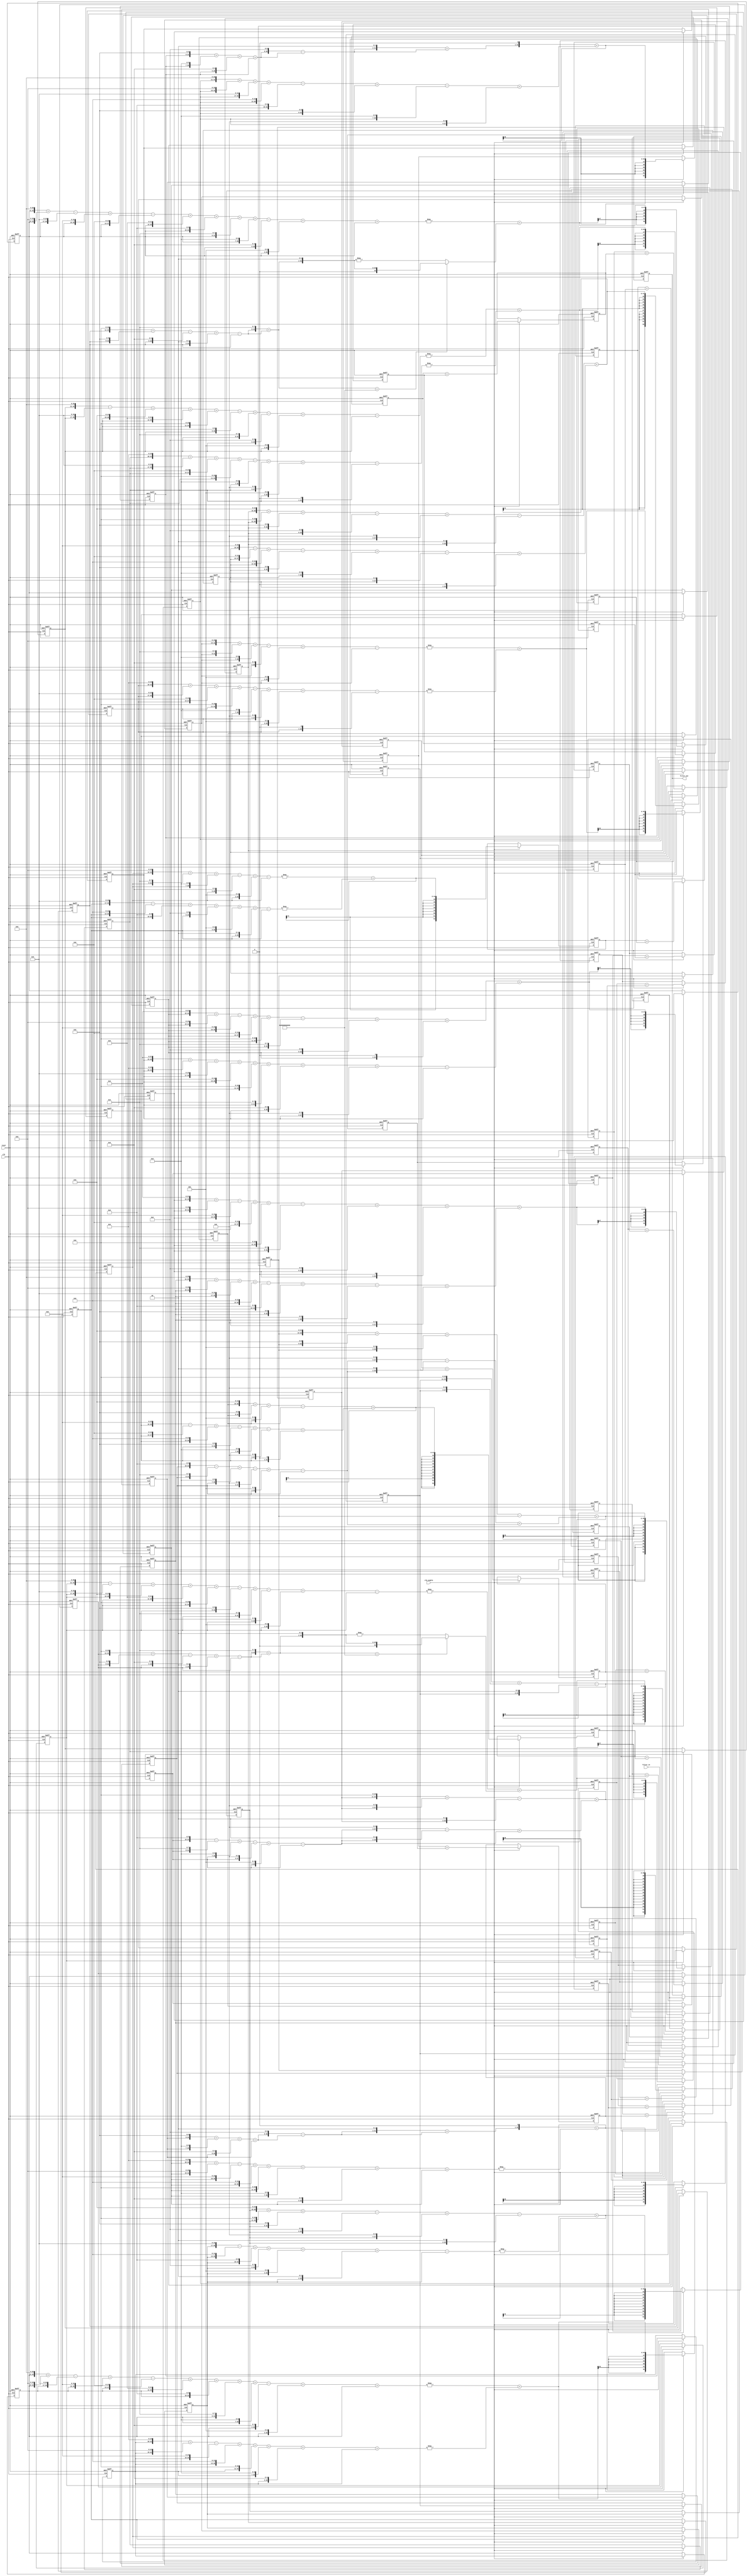
// -------------------------------------------------------------
//
// Module: fir_30_24b_fcsd
// Generated by MATLAB(R) 9.12 and Filter Design HDL Coder 3.1.11.
// Generated on: 2023-06-22 12:05:04
// -------------------------------------------------------------

// -------------------------------------------------------------
// HDL Code Generation Options:
//
// CoeffMultipliers: Factored-CSD
// FIRAdderStyle: tree
// OptimizeForHDL: on
// TargetDirectory: W:\Nikos\UTh\ \Project\FIR_30_Order\factored_csd\24b_fixed_point
// AddPipelineRegisters: on
// Name: fir_30_24b_fcsd
// InputDataType: numerictype(1,24,0)
// TargetLanguage: Verilog
// TestBenchName: fir_30_24b_fcsd_tb
// TestBenchStimulus: impulse step ramp chirp noise 

// Filter Specifications:
//
// Sample Rate     : 46 kHz
// Response        : Lowpass
// Specification   : N,Fp,Fst,Ap
// Stopband Edge   : 9.6 kHz
// Filter Order    : 30
// Passband Edge   : 8 kHz
// Passband Ripple : 60 dB
// -------------------------------------------------------------

// -------------------------------------------------------------
// HDL Implementation    : Fully parallel
// Folding Factor        : 1
// -------------------------------------------------------------
// Filter Settings:
//
// Discrete-Time FIR Filter (real)
// -------------------------------
// Filter Structure  : Direct-Form FIR
// Filter Length     : 31
// Stable            : Yes
// Linear Phase      : Yes (Type 1)
// Arithmetic        : fixed
// Numerator         : s24,24 -> [-5.000000e-01 5.000000e-01)
// -------------------------------------------------------------




`timescale 1 ns / 1 ns

module fir_30_24b_fcsd
               (
                clk,
                clk_enable,
                reset,
                filter_in,
                filter_out
                );

  input   clk; 
  input   clk_enable; 
  input   reset; 
  input   signed [23:0] filter_in; //sfix24
  output  signed [52:0] filter_out; //sfix53_En24

////////////////////////////////////////////////////////////////
//Module Architecture: fir_30_24b_fcsd
////////////////////////////////////////////////////////////////
  // Local Functions
  // Type Definitions
  // Constants
  parameter signed [23:0] coeff1 = 24'b000000000000100000001100; //sfix24_En24
  parameter signed [23:0] coeff2 = 24'b000000000010110100001011; //sfix24_En24
  parameter signed [23:0] coeff3 = 24'b000000001000001000000111; //sfix24_En24
  parameter signed [23:0] coeff4 = 24'b000000001101111001110010; //sfix24_En24
  parameter signed [23:0] coeff5 = 24'b000000001000100111001100; //sfix24_En24
  parameter signed [23:0] coeff6 = 24'b111111100001101110110101; //sfix24_En24
  parameter signed [23:0] coeff7 = 24'b111101111111111010011001; //sfix24_En24
  parameter signed [23:0] coeff8 = 24'b111011011011100001101010; //sfix24_En24
  parameter signed [23:0] coeff9 = 24'b111000010110100100111001; //sfix24_En24
  parameter signed [23:0] coeff10 = 24'b110110000100110001110100; //sfix24_En24
  parameter signed [23:0] coeff11 = 24'b110110010010101010010111; //sfix24_En24
  parameter signed [23:0] coeff12 = 24'b111010001101011101011111; //sfix24_En24
  parameter signed [23:0] coeff13 = 24'b000001100111100000110110; //sfix24_En24
  parameter signed [23:0] coeff14 = 24'b001010100001110110010000; //sfix24_En24
  parameter signed [23:0] coeff15 = 24'b010001110100011101000010; //sfix24_En24
  parameter signed [23:0] coeff16 = 24'b010100101000100100101111; //sfix24_En24
  parameter signed [23:0] coeff17 = 24'b010001110100011101000010; //sfix24_En24
  parameter signed [23:0] coeff18 = 24'b001010100001110110010000; //sfix24_En24
  parameter signed [23:0] coeff19 = 24'b000001100111100000110110; //sfix24_En24
  parameter signed [23:0] coeff20 = 24'b111010001101011101011111; //sfix24_En24
  parameter signed [23:0] coeff21 = 24'b110110010010101010010111; //sfix24_En24
  parameter signed [23:0] coeff22 = 24'b110110000100110001110100; //sfix24_En24
  parameter signed [23:0] coeff23 = 24'b111000010110100100111001; //sfix24_En24
  parameter signed [23:0] coeff24 = 24'b111011011011100001101010; //sfix24_En24
  parameter signed [23:0] coeff25 = 24'b111101111111111010011001; //sfix24_En24
  parameter signed [23:0] coeff26 = 24'b111111100001101110110101; //sfix24_En24
  parameter signed [23:0] coeff27 = 24'b000000001000100111001100; //sfix24_En24
  parameter signed [23:0] coeff28 = 24'b000000001101111001110010; //sfix24_En24
  parameter signed [23:0] coeff29 = 24'b000000001000001000000111; //sfix24_En24
  parameter signed [23:0] coeff30 = 24'b000000000010110100001011; //sfix24_En24
  parameter signed [23:0] coeff31 = 24'b000000000000100000001100; //sfix24_En24

  // Signals
  reg  signed [23:0] delay_pipeline [0:30] ; // sfix24
  wire signed [47:0] product31; // sfix48_En24
  wire signed [35:0] mulcsd_temp; // sfix36_En24
  wire signed [47:0] product30; // sfix48_En24
  wire signed [33:0] factoredcsd_temp; // sfix34_En10
  wire signed [34:0] mulcsd_temp_1; // sfix35_En10
  wire signed [37:0] factoredcsd_temp_1; // sfix38_En14
  wire signed [38:0] mulcsd_temp_2; // sfix39_En14
  wire signed [37:0] factoredcsd_temp_2; // sfix38_En24
  wire signed [47:0] product29; // sfix48_En24
  wire signed [39:0] mulcsd_temp_3; // sfix40_En24
  wire signed [47:0] product28; // sfix48_En24
  wire signed [40:0] mulcsd_temp_4; // sfix41_En24
  wire signed [47:0] product27; // sfix48_En24
  wire signed [39:0] mulcsd_temp_5; // sfix40_En24
  wire signed [47:0] product26; // sfix48_En24
  wire signed [41:0] mulcsd_temp_6; // sfix42_En24
  wire signed [47:0] product25; // sfix48_En24
  wire signed [43:0] mulcsd_temp_7; // sfix44_En24
  wire signed [47:0] product24; // sfix48_En24
  wire signed [44:0] mulcsd_temp_8; // sfix45_En24
  wire signed [47:0] product23; // sfix48_En24
  wire signed [45:0] mulcsd_temp_9; // sfix46_En24
  wire signed [47:0] product22; // sfix48_En24
  wire signed [35:0] factoredcsd_temp_3; // sfix36_En12
  wire signed [35:0] mulcsd_temp_10; // sfix36_En12
  wire signed [44:0] factoredcsd_temp_4; // sfix45_En21
  wire signed [44:0] mulcsd_temp_11; // sfix45_En21
  wire signed [45:0] factoredcsd_temp_5; // sfix46_En24
  wire signed [46:0] unaryminus_temp; // sfix47_En24
  wire signed [47:0] product21; // sfix48_En24
  wire signed [45:0] mulcsd_temp_12; // sfix46_En24
  wire signed [47:0] product20; // sfix48_En24
  wire signed [44:0] mulcsd_temp_13; // sfix45_En24
  wire signed [47:0] product19; // sfix48_En24
  wire signed [33:0] factoredcsd_temp_6; // sfix34_En10
  wire signed [33:0] mulcsd_temp_14; // sfix34_En10
  wire signed [39:0] factoredcsd_temp_7; // sfix40_En16
  wire signed [40:0] mulcsd_temp_15; // sfix41_En16
  wire signed [42:0] factoredcsd_temp_8; // sfix43_En19
  wire signed [42:0] mulcsd_temp_16; // sfix43_En19
  wire signed [42:0] factoredcsd_temp_9; // sfix43_En24
  wire signed [47:0] product18; // sfix48_En24
  wire signed [45:0] mulcsd_temp_17; // sfix46_En24
  wire signed [47:0] product17; // sfix48_En24
  wire signed [46:0] mulcsd_temp_18; // sfix47_En24
  wire signed [47:0] product16; // sfix48_En24
  wire signed [46:0] mulcsd_temp_19; // sfix47_En24
  wire signed [47:0] product15; // sfix48_En24
  wire signed [46:0] mulcsd_temp_20; // sfix47_En24
  wire signed [47:0] product14; // sfix48_En24
  wire signed [45:0] mulcsd_temp_21; // sfix46_En24
  wire signed [47:0] product13; // sfix48_En24
  wire signed [33:0] factoredcsd_temp_10; // sfix34_En10
  wire signed [33:0] mulcsd_temp_22; // sfix34_En10
  wire signed [39:0] factoredcsd_temp_11; // sfix40_En16
  wire signed [40:0] mulcsd_temp_23; // sfix41_En16
  wire signed [42:0] factoredcsd_temp_12; // sfix43_En19
  wire signed [42:0] mulcsd_temp_24; // sfix43_En19
  wire signed [42:0] factoredcsd_temp_13; // sfix43_En24
  wire signed [47:0] product12; // sfix48_En24
  wire signed [44:0] mulcsd_temp_25; // sfix45_En24
  wire signed [47:0] product11; // sfix48_En24
  wire signed [45:0] mulcsd_temp_26; // sfix46_En24
  wire signed [47:0] product10; // sfix48_En24
  wire signed [35:0] factoredcsd_temp_14; // sfix36_En12
  wire signed [35:0] mulcsd_temp_27; // sfix36_En12
  wire signed [44:0] factoredcsd_temp_15; // sfix45_En21
  wire signed [44:0] mulcsd_temp_28; // sfix45_En21
  wire signed [45:0] factoredcsd_temp_16; // sfix46_En24
  wire signed [46:0] unaryminus_temp_1; // sfix47_En24
  wire signed [47:0] product9; // sfix48_En24
  wire signed [45:0] mulcsd_temp_29; // sfix46_En24
  wire signed [47:0] product8; // sfix48_En24
  wire signed [44:0] mulcsd_temp_30; // sfix45_En24
  wire signed [47:0] product7; // sfix48_En24
  wire signed [43:0] mulcsd_temp_31; // sfix44_En24
  wire signed [47:0] product6; // sfix48_En24
  wire signed [41:0] mulcsd_temp_32; // sfix42_En24
  wire signed [47:0] product5; // sfix48_En24
  wire signed [39:0] mulcsd_temp_33; // sfix40_En24
  wire signed [47:0] product4; // sfix48_En24
  wire signed [40:0] mulcsd_temp_34; // sfix41_En24
  wire signed [47:0] product3; // sfix48_En24
  wire signed [39:0] mulcsd_temp_35; // sfix40_En24
  wire signed [47:0] product2; // sfix48_En24
  wire signed [33:0] factoredcsd_temp_17; // sfix34_En10
  wire signed [34:0] mulcsd_temp_36; // sfix35_En10
  wire signed [37:0] factoredcsd_temp_18; // sfix38_En14
  wire signed [38:0] mulcsd_temp_37; // sfix39_En14
  wire signed [37:0] factoredcsd_temp_19; // sfix38_En24
  wire signed [47:0] product1; // sfix48_En24
  wire signed [35:0] mulcsd_temp_38; // sfix36_En24
  wire signed [52:0] sum_final; // sfix53_En24
  wire signed [52:0] sum1_1; // sfix53_En24
  wire signed [47:0] add_signext; // sfix48_En24
  wire signed [47:0] add_signext_1; // sfix48_En24
  wire signed [48:0] add_temp; // sfix49_En24
  reg  signed [52:0] sumpipe1_1; // sfix53_En24
  wire signed [52:0] sum1_2; // sfix53_En24
  wire signed [47:0] add_signext_2; // sfix48_En24
  wire signed [47:0] add_signext_3; // sfix48_En24
  wire signed [48:0] add_temp_1; // sfix49_En24
  reg  signed [52:0] sumpipe1_2; // sfix53_En24
  wire signed [52:0] sum1_3; // sfix53_En24
  wire signed [47:0] add_signext_4; // sfix48_En24
  wire signed [47:0] add_signext_5; // sfix48_En24
  wire signed [48:0] add_temp_2; // sfix49_En24
  reg  signed [52:0] sumpipe1_3; // sfix53_En24
  wire signed [52:0] sum1_4; // sfix53_En24
  wire signed [47:0] add_signext_6; // sfix48_En24
  wire signed [47:0] add_signext_7; // sfix48_En24
  wire signed [48:0] add_temp_3; // sfix49_En24
  reg  signed [52:0] sumpipe1_4; // sfix53_En24
  wire signed [52:0] sum1_5; // sfix53_En24
  wire signed [47:0] add_signext_8; // sfix48_En24
  wire signed [47:0] add_signext_9; // sfix48_En24
  wire signed [48:0] add_temp_4; // sfix49_En24
  reg  signed [52:0] sumpipe1_5; // sfix53_En24
  wire signed [52:0] sum1_6; // sfix53_En24
  wire signed [47:0] add_signext_10; // sfix48_En24
  wire signed [47:0] add_signext_11; // sfix48_En24
  wire signed [48:0] add_temp_5; // sfix49_En24
  reg  signed [52:0] sumpipe1_6; // sfix53_En24
  wire signed [52:0] sum1_7; // sfix53_En24
  wire signed [47:0] add_signext_12; // sfix48_En24
  wire signed [47:0] add_signext_13; // sfix48_En24
  wire signed [48:0] add_temp_6; // sfix49_En24
  reg  signed [52:0] sumpipe1_7; // sfix53_En24
  wire signed [52:0] sum1_8; // sfix53_En24
  wire signed [47:0] add_signext_14; // sfix48_En24
  wire signed [47:0] add_signext_15; // sfix48_En24
  wire signed [48:0] add_temp_7; // sfix49_En24
  reg  signed [52:0] sumpipe1_8; // sfix53_En24
  wire signed [52:0] sum1_9; // sfix53_En24
  wire signed [47:0] add_signext_16; // sfix48_En24
  wire signed [47:0] add_signext_17; // sfix48_En24
  wire signed [48:0] add_temp_8; // sfix49_En24
  reg  signed [52:0] sumpipe1_9; // sfix53_En24
  wire signed [52:0] sum1_10; // sfix53_En24
  wire signed [47:0] add_signext_18; // sfix48_En24
  wire signed [47:0] add_signext_19; // sfix48_En24
  wire signed [48:0] add_temp_9; // sfix49_En24
  reg  signed [52:0] sumpipe1_10; // sfix53_En24
  wire signed [52:0] sum1_11; // sfix53_En24
  wire signed [47:0] add_signext_20; // sfix48_En24
  wire signed [47:0] add_signext_21; // sfix48_En24
  wire signed [48:0] add_temp_10; // sfix49_En24
  reg  signed [52:0] sumpipe1_11; // sfix53_En24
  wire signed [52:0] sum1_12; // sfix53_En24
  wire signed [47:0] add_signext_22; // sfix48_En24
  wire signed [47:0] add_signext_23; // sfix48_En24
  wire signed [48:0] add_temp_11; // sfix49_En24
  reg  signed [52:0] sumpipe1_12; // sfix53_En24
  wire signed [52:0] sum1_13; // sfix53_En24
  wire signed [47:0] add_signext_24; // sfix48_En24
  wire signed [47:0] add_signext_25; // sfix48_En24
  wire signed [48:0] add_temp_12; // sfix49_En24
  reg  signed [52:0] sumpipe1_13; // sfix53_En24
  wire signed [52:0] sum1_14; // sfix53_En24
  wire signed [47:0] add_signext_26; // sfix48_En24
  wire signed [47:0] add_signext_27; // sfix48_En24
  wire signed [48:0] add_temp_13; // sfix49_En24
  reg  signed [52:0] sumpipe1_14; // sfix53_En24
  wire signed [52:0] sum1_15; // sfix53_En24
  wire signed [47:0] add_signext_28; // sfix48_En24
  wire signed [47:0] add_signext_29; // sfix48_En24
  wire signed [48:0] add_temp_14; // sfix49_En24
  reg  signed [52:0] sumpipe1_15; // sfix53_En24
  reg  signed [47:0] sumpipe1_16; // sfix48_En24
  wire signed [52:0] sum2_1; // sfix53_En24
  wire signed [52:0] add_signext_30; // sfix53_En24
  wire signed [52:0] add_signext_31; // sfix53_En24
  wire signed [53:0] add_temp_15; // sfix54_En24
  reg  signed [52:0] sumpipe2_1; // sfix53_En24
  wire signed [52:0] sum2_2; // sfix53_En24
  wire signed [52:0] add_signext_32; // sfix53_En24
  wire signed [52:0] add_signext_33; // sfix53_En24
  wire signed [53:0] add_temp_16; // sfix54_En24
  reg  signed [52:0] sumpipe2_2; // sfix53_En24
  wire signed [52:0] sum2_3; // sfix53_En24
  wire signed [52:0] add_signext_34; // sfix53_En24
  wire signed [52:0] add_signext_35; // sfix53_En24
  wire signed [53:0] add_temp_17; // sfix54_En24
  reg  signed [52:0] sumpipe2_3; // sfix53_En24
  wire signed [52:0] sum2_4; // sfix53_En24
  wire signed [52:0] add_signext_36; // sfix53_En24
  wire signed [52:0] add_signext_37; // sfix53_En24
  wire signed [53:0] add_temp_18; // sfix54_En24
  reg  signed [52:0] sumpipe2_4; // sfix53_En24
  wire signed [52:0] sum2_5; // sfix53_En24
  wire signed [52:0] add_signext_38; // sfix53_En24
  wire signed [52:0] add_signext_39; // sfix53_En24
  wire signed [53:0] add_temp_19; // sfix54_En24
  reg  signed [52:0] sumpipe2_5; // sfix53_En24
  wire signed [52:0] sum2_6; // sfix53_En24
  wire signed [52:0] add_signext_40; // sfix53_En24
  wire signed [52:0] add_signext_41; // sfix53_En24
  wire signed [53:0] add_temp_20; // sfix54_En24
  reg  signed [52:0] sumpipe2_6; // sfix53_En24
  wire signed [52:0] sum2_7; // sfix53_En24
  wire signed [52:0] add_signext_42; // sfix53_En24
  wire signed [52:0] add_signext_43; // sfix53_En24
  wire signed [53:0] add_temp_21; // sfix54_En24
  reg  signed [52:0] sumpipe2_7; // sfix53_En24
  wire signed [52:0] sum2_8; // sfix53_En24
  wire signed [52:0] add_signext_44; // sfix53_En24
  wire signed [52:0] add_signext_45; // sfix53_En24
  wire signed [53:0] add_temp_22; // sfix54_En24
  reg  signed [52:0] sumpipe2_8; // sfix53_En24
  wire signed [52:0] sum3_1; // sfix53_En24
  wire signed [52:0] add_signext_46; // sfix53_En24
  wire signed [52:0] add_signext_47; // sfix53_En24
  wire signed [53:0] add_temp_23; // sfix54_En24
  reg  signed [52:0] sumpipe3_1; // sfix53_En24
  wire signed [52:0] sum3_2; // sfix53_En24
  wire signed [52:0] add_signext_48; // sfix53_En24
  wire signed [52:0] add_signext_49; // sfix53_En24
  wire signed [53:0] add_temp_24; // sfix54_En24
  reg  signed [52:0] sumpipe3_2; // sfix53_En24
  wire signed [52:0] sum3_3; // sfix53_En24
  wire signed [52:0] add_signext_50; // sfix53_En24
  wire signed [52:0] add_signext_51; // sfix53_En24
  wire signed [53:0] add_temp_25; // sfix54_En24
  reg  signed [52:0] sumpipe3_3; // sfix53_En24
  wire signed [52:0] sum3_4; // sfix53_En24
  wire signed [52:0] add_signext_52; // sfix53_En24
  wire signed [52:0] add_signext_53; // sfix53_En24
  wire signed [53:0] add_temp_26; // sfix54_En24
  reg  signed [52:0] sumpipe3_4; // sfix53_En24
  wire signed [52:0] sum4_1; // sfix53_En24
  wire signed [52:0] add_signext_54; // sfix53_En24
  wire signed [52:0] add_signext_55; // sfix53_En24
  wire signed [53:0] add_temp_27; // sfix54_En24
  reg  signed [52:0] sumpipe4_1; // sfix53_En24
  wire signed [52:0] sum4_2; // sfix53_En24
  wire signed [52:0] add_signext_56; // sfix53_En24
  wire signed [52:0] add_signext_57; // sfix53_En24
  wire signed [53:0] add_temp_28; // sfix54_En24
  reg  signed [52:0] sumpipe4_2; // sfix53_En24
  wire signed [52:0] sum5_1; // sfix53_En24
  wire signed [52:0] add_signext_58; // sfix53_En24
  wire signed [52:0] add_signext_59; // sfix53_En24
  wire signed [53:0] add_temp_29; // sfix54_En24
  reg  signed [52:0] sumpipe5_1; // sfix53_En24
  reg  signed [52:0] output_register; // sfix53_En24

  // Block Statements
  always @( posedge clk or posedge reset)
    begin: Delay_Pipeline_process
      if (reset == 1'b1) begin
        delay_pipeline[0] <= 0;
        delay_pipeline[1] <= 0;
        delay_pipeline[2] <= 0;
        delay_pipeline[3] <= 0;
        delay_pipeline[4] <= 0;
        delay_pipeline[5] <= 0;
        delay_pipeline[6] <= 0;
        delay_pipeline[7] <= 0;
        delay_pipeline[8] <= 0;
        delay_pipeline[9] <= 0;
        delay_pipeline[10] <= 0;
        delay_pipeline[11] <= 0;
        delay_pipeline[12] <= 0;
        delay_pipeline[13] <= 0;
        delay_pipeline[14] <= 0;
        delay_pipeline[15] <= 0;
        delay_pipeline[16] <= 0;
        delay_pipeline[17] <= 0;
        delay_pipeline[18] <= 0;
        delay_pipeline[19] <= 0;
        delay_pipeline[20] <= 0;
        delay_pipeline[21] <= 0;
        delay_pipeline[22] <= 0;
        delay_pipeline[23] <= 0;
        delay_pipeline[24] <= 0;
        delay_pipeline[25] <= 0;
        delay_pipeline[26] <= 0;
        delay_pipeline[27] <= 0;
        delay_pipeline[28] <= 0;
        delay_pipeline[29] <= 0;
        delay_pipeline[30] <= 0;
      end
      else begin
        if (clk_enable == 1'b1) begin
          delay_pipeline[0] <= filter_in;
          delay_pipeline[1] <= delay_pipeline[0];
          delay_pipeline[2] <= delay_pipeline[1];
          delay_pipeline[3] <= delay_pipeline[2];
          delay_pipeline[4] <= delay_pipeline[3];
          delay_pipeline[5] <= delay_pipeline[4];
          delay_pipeline[6] <= delay_pipeline[5];
          delay_pipeline[7] <= delay_pipeline[6];
          delay_pipeline[8] <= delay_pipeline[7];
          delay_pipeline[9] <= delay_pipeline[8];
          delay_pipeline[10] <= delay_pipeline[9];
          delay_pipeline[11] <= delay_pipeline[10];
          delay_pipeline[12] <= delay_pipeline[11];
          delay_pipeline[13] <= delay_pipeline[12];
          delay_pipeline[14] <= delay_pipeline[13];
          delay_pipeline[15] <= delay_pipeline[14];
          delay_pipeline[16] <= delay_pipeline[15];
          delay_pipeline[17] <= delay_pipeline[16];
          delay_pipeline[18] <= delay_pipeline[17];
          delay_pipeline[19] <= delay_pipeline[18];
          delay_pipeline[20] <= delay_pipeline[19];
          delay_pipeline[21] <= delay_pipeline[20];
          delay_pipeline[22] <= delay_pipeline[21];
          delay_pipeline[23] <= delay_pipeline[22];
          delay_pipeline[24] <= delay_pipeline[23];
          delay_pipeline[25] <= delay_pipeline[24];
          delay_pipeline[26] <= delay_pipeline[25];
          delay_pipeline[27] <= delay_pipeline[26];
          delay_pipeline[28] <= delay_pipeline[27];
          delay_pipeline[29] <= delay_pipeline[28];
          delay_pipeline[30] <= delay_pipeline[29];
        end
      end
    end // Delay_Pipeline_process


// For FCSD of 2060, optimizing to CSD due to lower cost
  assign mulcsd_temp = 
        $signed({delay_pipeline[30], 11'b00000000000}) +
        $signed({delay_pipeline[30], 4'b0000}) -
        $signed({delay_pipeline[30], 2'b00});
  assign product31 = $signed({{12{mulcsd_temp[35]}}, mulcsd_temp});

// For FCSD of 11531, using factorization: 887 13 
// 
  assign mulcsd_temp_1 = 
        $signed({delay_pipeline[29], 10'b0000000000}) -
        $signed({delay_pipeline[29], 8'b00000000}) +
        $signed({delay_pipeline[29], 7'b0000000}) -
        $signed({delay_pipeline[29], 4'b0000}) +
        $signed({delay_pipeline[29], 3'b000}) -
        delay_pipeline[29];
  assign factoredcsd_temp = mulcsd_temp_1[33:0];

  assign mulcsd_temp_2 = 
        $signed({factoredcsd_temp, 4'b0000}) -
        $signed({factoredcsd_temp, 2'b00}) +
        factoredcsd_temp;
  assign factoredcsd_temp_1 = mulcsd_temp_2[37:0];

  assign factoredcsd_temp_2 = factoredcsd_temp_1;

  assign product30 = $signed({{10{factoredcsd_temp_2[37]}}, factoredcsd_temp_2});

// For FCSD of 33287, optimizing to CSD due to lower cost
  assign mulcsd_temp_3 = 
        $signed({delay_pipeline[28], 15'b000000000000000}) +
        $signed({delay_pipeline[28], 9'b000000000}) +
        $signed({delay_pipeline[28], 3'b000}) -
        delay_pipeline[28];
  assign product29 = $signed({{8{mulcsd_temp_3[39]}}, mulcsd_temp_3});

// For FCSD of 56946, optimizing to CSD due to lower cost
  assign mulcsd_temp_4 = 
        $signed({delay_pipeline[27], 16'b0000000000000000}) -
        $signed({delay_pipeline[27], 14'b00000000000000}) +
        $signed({delay_pipeline[27], 13'b0000000000000}) -
        $signed({delay_pipeline[27], 9'b000000000}) +
        $signed({delay_pipeline[27], 7'b0000000}) -
        $signed({delay_pipeline[27], 4'b0000}) +
        $signed({delay_pipeline[27], 1'b0});
  assign product28 = $signed({{7{mulcsd_temp_4[40]}}, mulcsd_temp_4});

// For FCSD of 35276, optimizing to CSD due to lower cost
  assign mulcsd_temp_5 = 
        $signed({delay_pipeline[26], 15'b000000000000000}) +
        $signed({delay_pipeline[26], 11'b00000000000}) +
        $signed({delay_pipeline[26], 9'b000000000}) -
        $signed({delay_pipeline[26], 6'b000000}) +
        $signed({delay_pipeline[26], 4'b0000}) -
        $signed({delay_pipeline[26], 2'b00});
  assign product27 = $signed({{8{mulcsd_temp_5[39]}}, mulcsd_temp_5});

// For FCSD of -123979, optimizing to CSD due to lower cost
  assign mulcsd_temp_6 = - (
        $signed({delay_pipeline[25], 17'b00000000000000000}) -
        $signed({delay_pipeline[25], 13'b0000000000000}) +
        $signed({delay_pipeline[25], 10'b0000000000}) +
        $signed({delay_pipeline[25], 6'b000000}) +
        $signed({delay_pipeline[25], 3'b000}) +
        $signed({delay_pipeline[25], 2'b00}) -
        delay_pipeline[25]);
  assign product26 = $signed({{6{mulcsd_temp_6[41]}}, mulcsd_temp_6});

// For FCSD of -524647, optimizing to CSD due to lower cost
  assign mulcsd_temp_7 = - (
        $signed({delay_pipeline[24], 19'b0000000000000000000}) +
        $signed({delay_pipeline[24], 8'b00000000}) +
        $signed({delay_pipeline[24], 7'b0000000}) -
        $signed({delay_pipeline[24], 5'b00000}) +
        $signed({delay_pipeline[24], 3'b000}) -
        delay_pipeline[24]);
  assign product25 = $signed({{4{mulcsd_temp_7[43]}}, mulcsd_temp_7});

// For FCSD of -1197974, optimizing to CSD due to lower cost
  assign mulcsd_temp_8 = - (
        $signed({delay_pipeline[23], 20'b00000000000000000000}) +
        $signed({delay_pipeline[23], 17'b00000000000000000}) +
        $signed({delay_pipeline[23], 14'b00000000000000}) +
        $signed({delay_pipeline[23], 11'b00000000000}) -
        $signed({delay_pipeline[23], 7'b0000000}) +
        $signed({delay_pipeline[23], 4'b0000}) +
        $signed({delay_pipeline[23], 3'b000}) -
        $signed({delay_pipeline[23], 1'b0}));
  assign product24 = $signed({{3{mulcsd_temp_8[44]}}, mulcsd_temp_8});

// For FCSD of -2004679, optimizing to CSD due to lower cost
  assign mulcsd_temp_9 = - (
        $signed({delay_pipeline[22], 21'b000000000000000000000}) -
        $signed({delay_pipeline[22], 17'b00000000000000000}) +
        $signed({delay_pipeline[22], 15'b000000000000000}) +
        $signed({delay_pipeline[22], 12'b000000000000}) +
        $signed({delay_pipeline[22], 11'b00000000000}) -
        $signed({delay_pipeline[22], 9'b000000000}) +
        $signed({delay_pipeline[22], 8'b00000000}) -
        $signed({delay_pipeline[22], 6'b000000}) +
        $signed({delay_pipeline[22], 3'b000}) -
        delay_pipeline[22]);
  assign product23 = $signed({{2{mulcsd_temp_9[45]}}, mulcsd_temp_9});

// For FCSD of -2601868, using factorization: 2531 257 2 2 
// 
  assign mulcsd_temp_10 = 
        $signed({delay_pipeline[21], 11'b00000000000}) +
        $signed({delay_pipeline[21], 9'b000000000}) -
        $signed({delay_pipeline[21], 5'b00000}) +
        $signed({delay_pipeline[21], 2'b00}) -
        delay_pipeline[21];
  assign factoredcsd_temp_3 = mulcsd_temp_10;

  assign mulcsd_temp_11 = 
        $signed({factoredcsd_temp_3, 8'b00000000}) +
        factoredcsd_temp_3;
  assign factoredcsd_temp_4 = mulcsd_temp_11;

  assign factoredcsd_temp_5 = $signed({factoredcsd_temp_4[43:0], 2'b00});

  assign unaryminus_temp = (factoredcsd_temp_5==46'b1000000000000000000000000000000000000000000000) ? $signed({1'b0, factoredcsd_temp_5}) : -factoredcsd_temp_5;
  assign product22 = $signed({{1{unaryminus_temp[46]}}, unaryminus_temp});

// For FCSD of -2545001, optimizing to CSD due to lower cost
  assign mulcsd_temp_12 = - (
        $signed({delay_pipeline[20], 21'b000000000000000000000}) +
        $signed({delay_pipeline[20], 19'b0000000000000000000}) -
        $signed({delay_pipeline[20], 17'b00000000000000000}) +
        $signed({delay_pipeline[20], 16'b0000000000000000}) -
        $signed({delay_pipeline[20], 14'b00000000000000}) +
        $signed({delay_pipeline[20], 12'b000000000000}) +
        $signed({delay_pipeline[20], 10'b0000000000}) +
        $signed({delay_pipeline[20], 8'b00000000}) +
        $signed({delay_pipeline[20], 7'b0000000}) -
        $signed({delay_pipeline[20], 5'b00000}) +
        $signed({delay_pipeline[20], 3'b000}) +
        delay_pipeline[20]);
  assign product21 = $signed({{2{mulcsd_temp_12[45]}}, mulcsd_temp_12});

// For FCSD of -1517729, optimizing to CSD due to lower cost
  assign mulcsd_temp_13 = - (
        $signed({delay_pipeline[19], 20'b00000000000000000000}) +
        $signed({delay_pipeline[19], 19'b0000000000000000000}) -
        $signed({delay_pipeline[19], 16'b0000000000000000}) +
        $signed({delay_pipeline[19], 13'b0000000000000}) +
        $signed({delay_pipeline[19], 11'b00000000000}) +
        $signed({delay_pipeline[19], 7'b0000000}) +
        $signed({delay_pipeline[19], 5'b00000}) +
        delay_pipeline[19]);
  assign product20 = $signed({{3{mulcsd_temp_13[44]}}, mulcsd_temp_13});

// For FCSD of 423990, using factorization: 673 63 5 2 
// 
  assign mulcsd_temp_14 = 
        $signed({delay_pipeline[18], 9'b000000000}) +
        $signed({delay_pipeline[18], 7'b0000000}) +
        $signed({delay_pipeline[18], 5'b00000}) +
        delay_pipeline[18];
  assign factoredcsd_temp_6 = mulcsd_temp_14;

  assign mulcsd_temp_15 = 
        $signed({factoredcsd_temp_6, 6'b000000}) -
        factoredcsd_temp_6;
  assign factoredcsd_temp_7 = mulcsd_temp_15[39:0];

  assign mulcsd_temp_16 = 
        $signed({factoredcsd_temp_7, 2'b00}) +
        factoredcsd_temp_7;
  assign factoredcsd_temp_8 = mulcsd_temp_16;

  assign factoredcsd_temp_9 = $signed({factoredcsd_temp_8[41:0], 1'b0});

  assign product19 = $signed({{5{factoredcsd_temp_9[42]}}, factoredcsd_temp_9});

// For FCSD of 2760080, optimizing to CSD due to lower cost
  assign mulcsd_temp_17 = 
        $signed({delay_pipeline[17], 21'b000000000000000000000}) +
        $signed({delay_pipeline[17], 19'b0000000000000000000}) +
        $signed({delay_pipeline[17], 17'b00000000000000000}) +
        $signed({delay_pipeline[17], 13'b0000000000000}) -
        $signed({delay_pipeline[17], 10'b0000000000}) +
        $signed({delay_pipeline[17], 9'b000000000}) -
        $signed({delay_pipeline[17], 7'b0000000}) +
        $signed({delay_pipeline[17], 4'b0000});
  assign product18 = $signed({{2{mulcsd_temp_17[45]}}, mulcsd_temp_17});

// For FCSD of 4671298, optimizing to CSD due to lower cost
  assign mulcsd_temp_18 = 
        $signed({delay_pipeline[16], 22'b0000000000000000000000}) +
        $signed({delay_pipeline[16], 19'b0000000000000000000}) -
        $signed({delay_pipeline[16], 16'b0000000000000000}) +
        $signed({delay_pipeline[16], 14'b00000000000000}) +
        $signed({delay_pipeline[16], 11'b00000000000}) -
        $signed({delay_pipeline[16], 8'b00000000}) +
        $signed({delay_pipeline[16], 6'b000000}) +
        $signed({delay_pipeline[16], 1'b0});
  assign product17 = $signed({{1{mulcsd_temp_18[46]}}, mulcsd_temp_18});

// For FCSD of 5409071, optimizing to CSD due to lower cost
  assign mulcsd_temp_19 = 
        $signed({delay_pipeline[15], 22'b0000000000000000000000}) +
        $signed({delay_pipeline[15], 20'b00000000000000000000}) +
        $signed({delay_pipeline[15], 17'b00000000000000000}) +
        $signed({delay_pipeline[15], 15'b000000000000000}) +
        $signed({delay_pipeline[15], 11'b00000000000}) +
        $signed({delay_pipeline[15], 8'b00000000}) +
        $signed({delay_pipeline[15], 5'b00000}) +
        $signed({delay_pipeline[15], 4'b0000}) -
        delay_pipeline[15];
  assign product16 = $signed({{1{mulcsd_temp_19[46]}}, mulcsd_temp_19});

// For FCSD of 4671298, optimizing to CSD due to lower cost
  assign mulcsd_temp_20 = 
        $signed({delay_pipeline[14], 22'b0000000000000000000000}) +
        $signed({delay_pipeline[14], 19'b0000000000000000000}) -
        $signed({delay_pipeline[14], 16'b0000000000000000}) +
        $signed({delay_pipeline[14], 14'b00000000000000}) +
        $signed({delay_pipeline[14], 11'b00000000000}) -
        $signed({delay_pipeline[14], 8'b00000000}) +
        $signed({delay_pipeline[14], 6'b000000}) +
        $signed({delay_pipeline[14], 1'b0});
  assign product15 = $signed({{1{mulcsd_temp_20[46]}}, mulcsd_temp_20});

// For FCSD of 2760080, optimizing to CSD due to lower cost
  assign mulcsd_temp_21 = 
        $signed({delay_pipeline[13], 21'b000000000000000000000}) +
        $signed({delay_pipeline[13], 19'b0000000000000000000}) +
        $signed({delay_pipeline[13], 17'b00000000000000000}) +
        $signed({delay_pipeline[13], 13'b0000000000000}) -
        $signed({delay_pipeline[13], 10'b0000000000}) +
        $signed({delay_pipeline[13], 9'b000000000}) -
        $signed({delay_pipeline[13], 7'b0000000}) +
        $signed({delay_pipeline[13], 4'b0000});
  assign product14 = $signed({{2{mulcsd_temp_21[45]}}, mulcsd_temp_21});

// For FCSD of 423990, using factorization: 673 63 5 2 
// 
  assign mulcsd_temp_22 = 
        $signed({delay_pipeline[12], 9'b000000000}) +
        $signed({delay_pipeline[12], 7'b0000000}) +
        $signed({delay_pipeline[12], 5'b00000}) +
        delay_pipeline[12];
  assign factoredcsd_temp_10 = mulcsd_temp_22;

  assign mulcsd_temp_23 = 
        $signed({factoredcsd_temp_10, 6'b000000}) -
        factoredcsd_temp_10;
  assign factoredcsd_temp_11 = mulcsd_temp_23[39:0];

  assign mulcsd_temp_24 = 
        $signed({factoredcsd_temp_11, 2'b00}) +
        factoredcsd_temp_11;
  assign factoredcsd_temp_12 = mulcsd_temp_24;

  assign factoredcsd_temp_13 = $signed({factoredcsd_temp_12[41:0], 1'b0});

  assign product13 = $signed({{5{factoredcsd_temp_13[42]}}, factoredcsd_temp_13});

// For FCSD of -1517729, optimizing to CSD due to lower cost
  assign mulcsd_temp_25 = - (
        $signed({delay_pipeline[11], 20'b00000000000000000000}) +
        $signed({delay_pipeline[11], 19'b0000000000000000000}) -
        $signed({delay_pipeline[11], 16'b0000000000000000}) +
        $signed({delay_pipeline[11], 13'b0000000000000}) +
        $signed({delay_pipeline[11], 11'b00000000000}) +
        $signed({delay_pipeline[11], 7'b0000000}) +
        $signed({delay_pipeline[11], 5'b00000}) +
        delay_pipeline[11]);
  assign product12 = $signed({{3{mulcsd_temp_25[44]}}, mulcsd_temp_25});

// For FCSD of -2545001, optimizing to CSD due to lower cost
  assign mulcsd_temp_26 = - (
        $signed({delay_pipeline[10], 21'b000000000000000000000}) +
        $signed({delay_pipeline[10], 19'b0000000000000000000}) -
        $signed({delay_pipeline[10], 17'b00000000000000000}) +
        $signed({delay_pipeline[10], 16'b0000000000000000}) -
        $signed({delay_pipeline[10], 14'b00000000000000}) +
        $signed({delay_pipeline[10], 12'b000000000000}) +
        $signed({delay_pipeline[10], 10'b0000000000}) +
        $signed({delay_pipeline[10], 8'b00000000}) +
        $signed({delay_pipeline[10], 7'b0000000}) -
        $signed({delay_pipeline[10], 5'b00000}) +
        $signed({delay_pipeline[10], 3'b000}) +
        delay_pipeline[10]);
  assign product11 = $signed({{2{mulcsd_temp_26[45]}}, mulcsd_temp_26});

// For FCSD of -2601868, using factorization: 2531 257 2 2 
// 
  assign mulcsd_temp_27 = 
        $signed({delay_pipeline[9], 11'b00000000000}) +
        $signed({delay_pipeline[9], 9'b000000000}) -
        $signed({delay_pipeline[9], 5'b00000}) +
        $signed({delay_pipeline[9], 2'b00}) -
        delay_pipeline[9];
  assign factoredcsd_temp_14 = mulcsd_temp_27;

  assign mulcsd_temp_28 = 
        $signed({factoredcsd_temp_14, 8'b00000000}) +
        factoredcsd_temp_14;
  assign factoredcsd_temp_15 = mulcsd_temp_28;

  assign factoredcsd_temp_16 = $signed({factoredcsd_temp_15[43:0], 2'b00});

  assign unaryminus_temp_1 = (factoredcsd_temp_16==46'b1000000000000000000000000000000000000000000000) ? $signed({1'b0, factoredcsd_temp_16}) : -factoredcsd_temp_16;
  assign product10 = $signed({{1{unaryminus_temp_1[46]}}, unaryminus_temp_1});

// For FCSD of -2004679, optimizing to CSD due to lower cost
  assign mulcsd_temp_29 = - (
        $signed({delay_pipeline[8], 21'b000000000000000000000}) -
        $signed({delay_pipeline[8], 17'b00000000000000000}) +
        $signed({delay_pipeline[8], 15'b000000000000000}) +
        $signed({delay_pipeline[8], 12'b000000000000}) +
        $signed({delay_pipeline[8], 11'b00000000000}) -
        $signed({delay_pipeline[8], 9'b000000000}) +
        $signed({delay_pipeline[8], 8'b00000000}) -
        $signed({delay_pipeline[8], 6'b000000}) +
        $signed({delay_pipeline[8], 3'b000}) -
        delay_pipeline[8]);
  assign product9 = $signed({{2{mulcsd_temp_29[45]}}, mulcsd_temp_29});

// For FCSD of -1197974, optimizing to CSD due to lower cost
  assign mulcsd_temp_30 = - (
        $signed({delay_pipeline[7], 20'b00000000000000000000}) +
        $signed({delay_pipeline[7], 17'b00000000000000000}) +
        $signed({delay_pipeline[7], 14'b00000000000000}) +
        $signed({delay_pipeline[7], 11'b00000000000}) -
        $signed({delay_pipeline[7], 7'b0000000}) +
        $signed({delay_pipeline[7], 4'b0000}) +
        $signed({delay_pipeline[7], 3'b000}) -
        $signed({delay_pipeline[7], 1'b0}));
  assign product8 = $signed({{3{mulcsd_temp_30[44]}}, mulcsd_temp_30});

// For FCSD of -524647, optimizing to CSD due to lower cost
  assign mulcsd_temp_31 = - (
        $signed({delay_pipeline[6], 19'b0000000000000000000}) +
        $signed({delay_pipeline[6], 8'b00000000}) +
        $signed({delay_pipeline[6], 7'b0000000}) -
        $signed({delay_pipeline[6], 5'b00000}) +
        $signed({delay_pipeline[6], 3'b000}) -
        delay_pipeline[6]);
  assign product7 = $signed({{4{mulcsd_temp_31[43]}}, mulcsd_temp_31});

// For FCSD of -123979, optimizing to CSD due to lower cost
  assign mulcsd_temp_32 = - (
        $signed({delay_pipeline[5], 17'b00000000000000000}) -
        $signed({delay_pipeline[5], 13'b0000000000000}) +
        $signed({delay_pipeline[5], 10'b0000000000}) +
        $signed({delay_pipeline[5], 6'b000000}) +
        $signed({delay_pipeline[5], 3'b000}) +
        $signed({delay_pipeline[5], 2'b00}) -
        delay_pipeline[5]);
  assign product6 = $signed({{6{mulcsd_temp_32[41]}}, mulcsd_temp_32});

// For FCSD of 35276, optimizing to CSD due to lower cost
  assign mulcsd_temp_33 = 
        $signed({delay_pipeline[4], 15'b000000000000000}) +
        $signed({delay_pipeline[4], 11'b00000000000}) +
        $signed({delay_pipeline[4], 9'b000000000}) -
        $signed({delay_pipeline[4], 6'b000000}) +
        $signed({delay_pipeline[4], 4'b0000}) -
        $signed({delay_pipeline[4], 2'b00});
  assign product5 = $signed({{8{mulcsd_temp_33[39]}}, mulcsd_temp_33});

// For FCSD of 56946, optimizing to CSD due to lower cost
  assign mulcsd_temp_34 = 
        $signed({delay_pipeline[3], 16'b0000000000000000}) -
        $signed({delay_pipeline[3], 14'b00000000000000}) +
        $signed({delay_pipeline[3], 13'b0000000000000}) -
        $signed({delay_pipeline[3], 9'b000000000}) +
        $signed({delay_pipeline[3], 7'b0000000}) -
        $signed({delay_pipeline[3], 4'b0000}) +
        $signed({delay_pipeline[3], 1'b0});
  assign product4 = $signed({{7{mulcsd_temp_34[40]}}, mulcsd_temp_34});

// For FCSD of 33287, optimizing to CSD due to lower cost
  assign mulcsd_temp_35 = 
        $signed({delay_pipeline[2], 15'b000000000000000}) +
        $signed({delay_pipeline[2], 9'b000000000}) +
        $signed({delay_pipeline[2], 3'b000}) -
        delay_pipeline[2];
  assign product3 = $signed({{8{mulcsd_temp_35[39]}}, mulcsd_temp_35});

// For FCSD of 11531, using factorization: 887 13 
// 
  assign mulcsd_temp_36 = 
        $signed({delay_pipeline[1], 10'b0000000000}) -
        $signed({delay_pipeline[1], 8'b00000000}) +
        $signed({delay_pipeline[1], 7'b0000000}) -
        $signed({delay_pipeline[1], 4'b0000}) +
        $signed({delay_pipeline[1], 3'b000}) -
        delay_pipeline[1];
  assign factoredcsd_temp_17 = mulcsd_temp_36[33:0];

  assign mulcsd_temp_37 = 
        $signed({factoredcsd_temp_17, 4'b0000}) -
        $signed({factoredcsd_temp_17, 2'b00}) +
        factoredcsd_temp_17;
  assign factoredcsd_temp_18 = mulcsd_temp_37[37:0];

  assign factoredcsd_temp_19 = factoredcsd_temp_18;

  assign product2 = $signed({{10{factoredcsd_temp_19[37]}}, factoredcsd_temp_19});

// For FCSD of 2060, optimizing to CSD due to lower cost
  assign mulcsd_temp_38 = 
        $signed({delay_pipeline[0], 11'b00000000000}) +
        $signed({delay_pipeline[0], 4'b0000}) -
        $signed({delay_pipeline[0], 2'b00});
  assign product1 = $signed({{12{mulcsd_temp_38[35]}}, mulcsd_temp_38});

  assign add_signext = product31;
  assign add_signext_1 = product30;
  assign add_temp = add_signext + add_signext_1;
  assign sum1_1 = $signed({{4{add_temp[48]}}, add_temp});

  assign add_signext_2 = product29;
  assign add_signext_3 = product28;
  assign add_temp_1 = add_signext_2 + add_signext_3;
  assign sum1_2 = $signed({{4{add_temp_1[48]}}, add_temp_1});

  assign add_signext_4 = product27;
  assign add_signext_5 = product26;
  assign add_temp_2 = add_signext_4 + add_signext_5;
  assign sum1_3 = $signed({{4{add_temp_2[48]}}, add_temp_2});

  assign add_signext_6 = product25;
  assign add_signext_7 = product24;
  assign add_temp_3 = add_signext_6 + add_signext_7;
  assign sum1_4 = $signed({{4{add_temp_3[48]}}, add_temp_3});

  assign add_signext_8 = product23;
  assign add_signext_9 = product22;
  assign add_temp_4 = add_signext_8 + add_signext_9;
  assign sum1_5 = $signed({{4{add_temp_4[48]}}, add_temp_4});

  assign add_signext_10 = product21;
  assign add_signext_11 = product20;
  assign add_temp_5 = add_signext_10 + add_signext_11;
  assign sum1_6 = $signed({{4{add_temp_5[48]}}, add_temp_5});

  assign add_signext_12 = product19;
  assign add_signext_13 = product18;
  assign add_temp_6 = add_signext_12 + add_signext_13;
  assign sum1_7 = $signed({{4{add_temp_6[48]}}, add_temp_6});

  assign add_signext_14 = product17;
  assign add_signext_15 = product16;
  assign add_temp_7 = add_signext_14 + add_signext_15;
  assign sum1_8 = $signed({{4{add_temp_7[48]}}, add_temp_7});

  assign add_signext_16 = product15;
  assign add_signext_17 = product14;
  assign add_temp_8 = add_signext_16 + add_signext_17;
  assign sum1_9 = $signed({{4{add_temp_8[48]}}, add_temp_8});

  assign add_signext_18 = product13;
  assign add_signext_19 = product12;
  assign add_temp_9 = add_signext_18 + add_signext_19;
  assign sum1_10 = $signed({{4{add_temp_9[48]}}, add_temp_9});

  assign add_signext_20 = product11;
  assign add_signext_21 = product10;
  assign add_temp_10 = add_signext_20 + add_signext_21;
  assign sum1_11 = $signed({{4{add_temp_10[48]}}, add_temp_10});

  assign add_signext_22 = product9;
  assign add_signext_23 = product8;
  assign add_temp_11 = add_signext_22 + add_signext_23;
  assign sum1_12 = $signed({{4{add_temp_11[48]}}, add_temp_11});

  assign add_signext_24 = product7;
  assign add_signext_25 = product6;
  assign add_temp_12 = add_signext_24 + add_signext_25;
  assign sum1_13 = $signed({{4{add_temp_12[48]}}, add_temp_12});

  assign add_signext_26 = product5;
  assign add_signext_27 = product4;
  assign add_temp_13 = add_signext_26 + add_signext_27;
  assign sum1_14 = $signed({{4{add_temp_13[48]}}, add_temp_13});

  assign add_signext_28 = product3;
  assign add_signext_29 = product2;
  assign add_temp_14 = add_signext_28 + add_signext_29;
  assign sum1_15 = $signed({{4{add_temp_14[48]}}, add_temp_14});

  always @ (posedge clk or posedge reset)
    begin: temp_process1
      if (reset == 1'b1) begin
        sumpipe1_1 <= 0;
        sumpipe1_2 <= 0;
        sumpipe1_3 <= 0;
        sumpipe1_4 <= 0;
        sumpipe1_5 <= 0;
        sumpipe1_6 <= 0;
        sumpipe1_7 <= 0;
        sumpipe1_8 <= 0;
        sumpipe1_9 <= 0;
        sumpipe1_10 <= 0;
        sumpipe1_11 <= 0;
        sumpipe1_12 <= 0;
        sumpipe1_13 <= 0;
        sumpipe1_14 <= 0;
        sumpipe1_15 <= 0;
        sumpipe1_16 <= 0;
      end
      else begin
        if (clk_enable == 1'b1) begin
          sumpipe1_1 <= sum1_1;
          sumpipe1_2 <= sum1_2;
          sumpipe1_3 <= sum1_3;
          sumpipe1_4 <= sum1_4;
          sumpipe1_5 <= sum1_5;
          sumpipe1_6 <= sum1_6;
          sumpipe1_7 <= sum1_7;
          sumpipe1_8 <= sum1_8;
          sumpipe1_9 <= sum1_9;
          sumpipe1_10 <= sum1_10;
          sumpipe1_11 <= sum1_11;
          sumpipe1_12 <= sum1_12;
          sumpipe1_13 <= sum1_13;
          sumpipe1_14 <= sum1_14;
          sumpipe1_15 <= sum1_15;
          sumpipe1_16 <= product1;
        end
      end
    end // temp_process1

  assign add_signext_30 = sumpipe1_1;
  assign add_signext_31 = sumpipe1_2;
  assign add_temp_15 = add_signext_30 + add_signext_31;
  assign sum2_1 = add_temp_15[52:0];

  assign add_signext_32 = sumpipe1_3;
  assign add_signext_33 = sumpipe1_4;
  assign add_temp_16 = add_signext_32 + add_signext_33;
  assign sum2_2 = add_temp_16[52:0];

  assign add_signext_34 = sumpipe1_5;
  assign add_signext_35 = sumpipe1_6;
  assign add_temp_17 = add_signext_34 + add_signext_35;
  assign sum2_3 = add_temp_17[52:0];

  assign add_signext_36 = sumpipe1_7;
  assign add_signext_37 = sumpipe1_8;
  assign add_temp_18 = add_signext_36 + add_signext_37;
  assign sum2_4 = add_temp_18[52:0];

  assign add_signext_38 = sumpipe1_9;
  assign add_signext_39 = sumpipe1_10;
  assign add_temp_19 = add_signext_38 + add_signext_39;
  assign sum2_5 = add_temp_19[52:0];

  assign add_signext_40 = sumpipe1_11;
  assign add_signext_41 = sumpipe1_12;
  assign add_temp_20 = add_signext_40 + add_signext_41;
  assign sum2_6 = add_temp_20[52:0];

  assign add_signext_42 = sumpipe1_13;
  assign add_signext_43 = sumpipe1_14;
  assign add_temp_21 = add_signext_42 + add_signext_43;
  assign sum2_7 = add_temp_21[52:0];

  assign add_signext_44 = sumpipe1_15;
  assign add_signext_45 = $signed({{5{sumpipe1_16[47]}}, sumpipe1_16});
  assign add_temp_22 = add_signext_44 + add_signext_45;
  assign sum2_8 = add_temp_22[52:0];

  always @ (posedge clk or posedge reset)
    begin: temp_process2
      if (reset == 1'b1) begin
        sumpipe2_1 <= 0;
        sumpipe2_2 <= 0;
        sumpipe2_3 <= 0;
        sumpipe2_4 <= 0;
        sumpipe2_5 <= 0;
        sumpipe2_6 <= 0;
        sumpipe2_7 <= 0;
        sumpipe2_8 <= 0;
      end
      else begin
        if (clk_enable == 1'b1) begin
          sumpipe2_1 <= sum2_1;
          sumpipe2_2 <= sum2_2;
          sumpipe2_3 <= sum2_3;
          sumpipe2_4 <= sum2_4;
          sumpipe2_5 <= sum2_5;
          sumpipe2_6 <= sum2_6;
          sumpipe2_7 <= sum2_7;
          sumpipe2_8 <= sum2_8;
        end
      end
    end // temp_process2

  assign add_signext_46 = sumpipe2_1;
  assign add_signext_47 = sumpipe2_2;
  assign add_temp_23 = add_signext_46 + add_signext_47;
  assign sum3_1 = add_temp_23[52:0];

  assign add_signext_48 = sumpipe2_3;
  assign add_signext_49 = sumpipe2_4;
  assign add_temp_24 = add_signext_48 + add_signext_49;
  assign sum3_2 = add_temp_24[52:0];

  assign add_signext_50 = sumpipe2_5;
  assign add_signext_51 = sumpipe2_6;
  assign add_temp_25 = add_signext_50 + add_signext_51;
  assign sum3_3 = add_temp_25[52:0];

  assign add_signext_52 = sumpipe2_7;
  assign add_signext_53 = sumpipe2_8;
  assign add_temp_26 = add_signext_52 + add_signext_53;
  assign sum3_4 = add_temp_26[52:0];

  always @ (posedge clk or posedge reset)
    begin: temp_process3
      if (reset == 1'b1) begin
        sumpipe3_1 <= 0;
        sumpipe3_2 <= 0;
        sumpipe3_3 <= 0;
        sumpipe3_4 <= 0;
      end
      else begin
        if (clk_enable == 1'b1) begin
          sumpipe3_1 <= sum3_1;
          sumpipe3_2 <= sum3_2;
          sumpipe3_3 <= sum3_3;
          sumpipe3_4 <= sum3_4;
        end
      end
    end // temp_process3

  assign add_signext_54 = sumpipe3_1;
  assign add_signext_55 = sumpipe3_2;
  assign add_temp_27 = add_signext_54 + add_signext_55;
  assign sum4_1 = add_temp_27[52:0];

  assign add_signext_56 = sumpipe3_3;
  assign add_signext_57 = sumpipe3_4;
  assign add_temp_28 = add_signext_56 + add_signext_57;
  assign sum4_2 = add_temp_28[52:0];

  always @ (posedge clk or posedge reset)
    begin: temp_process4
      if (reset == 1'b1) begin
        sumpipe4_1 <= 0;
        sumpipe4_2 <= 0;
      end
      else begin
        if (clk_enable == 1'b1) begin
          sumpipe4_1 <= sum4_1;
          sumpipe4_2 <= sum4_2;
        end
      end
    end // temp_process4

  assign add_signext_58 = sumpipe4_1;
  assign add_signext_59 = sumpipe4_2;
  assign add_temp_29 = add_signext_58 + add_signext_59;
  assign sum5_1 = add_temp_29[52:0];

  always @ (posedge clk or posedge reset)
    begin: temp_process5
      if (reset == 1'b1) begin
        sumpipe5_1 <= 0;
      end
      else begin
        if (clk_enable == 1'b1) begin
          sumpipe5_1 <= sum5_1;
        end
      end
    end // temp_process5

  assign sum_final = sumpipe5_1;

  always @ (posedge clk or posedge reset)
    begin: Output_Register_process
      if (reset == 1'b1) begin
        output_register <= 0;
      end
      else begin
        if (clk_enable == 1'b1) begin
          output_register <= sum_final;
        end
      end
    end // Output_Register_process

  // Assignment Statements
  assign filter_out = output_register;
endmodule  // fir_30_24b_fcsd